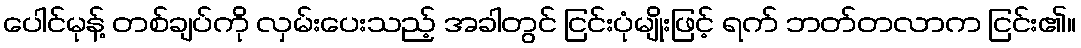
ပေါင်မုန့် တစ်ချပ်ကို လှမ်းပေးသည့် အခါတွင် ငြင်းပုံမျိုးဖြင့် ရက် ဘတ်တလာက ငြင်း၏။